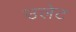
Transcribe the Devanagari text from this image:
उलेट